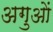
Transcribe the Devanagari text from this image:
अगुओं